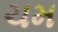
ચમ